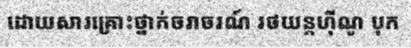
ដោយសារគ្រោះថ្នាក់ចរាចរណ៍ រថយន្តហ៊ីណូ បុក